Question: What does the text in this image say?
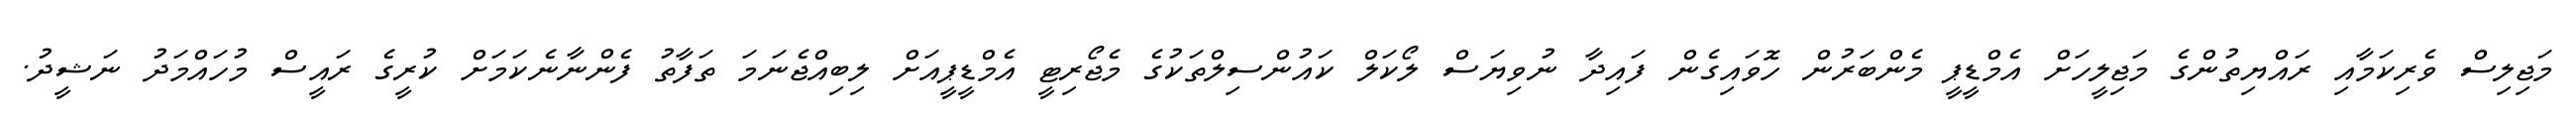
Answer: މަޖިލިސް ވެރިކަމާއި ރައްޔިތުންގެ މަޖިލީހަށް އެމްޑީޕީ މެންބަރުން ހޮވައިގެން ފައިދާ ނުވިޔަސް ލޯކަލް ކައުންސިލްތަކުގެ މެޖޯރިޓީ އެމްޑީޕީއަށް ލިބިއްޖެނަމަ ތަފާތު ފެންނާނެކަމަށް ކުރީގެ ރައީސް މުހައްމަދު ނަޝީދު.